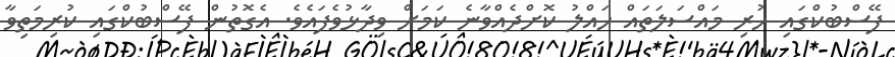
ފޭސްބުކްގައި ހުރި މައްސަލަތައް ހައްލު ކޮށްދެއްވާނެ ކަމަށް ވިދާޅުވެފައެވެ. އެގޮތުން ފޭސްބުކްގައި ކުރިމަތިވާ